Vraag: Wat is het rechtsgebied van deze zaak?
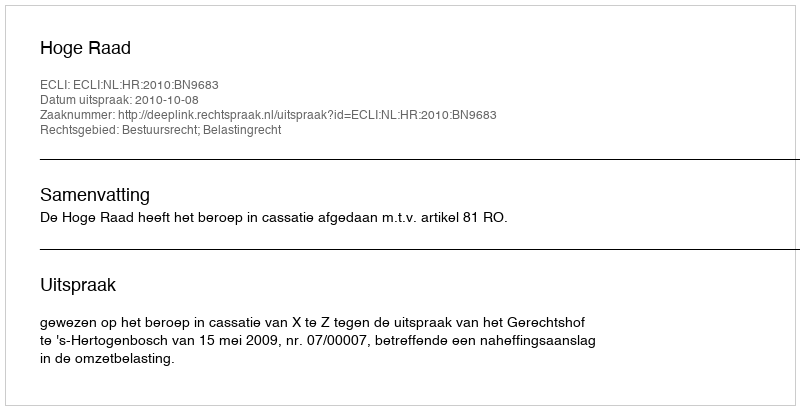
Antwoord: Bestuursrecht; Belastingrecht